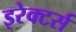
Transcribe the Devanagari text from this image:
इरेक्टर्स